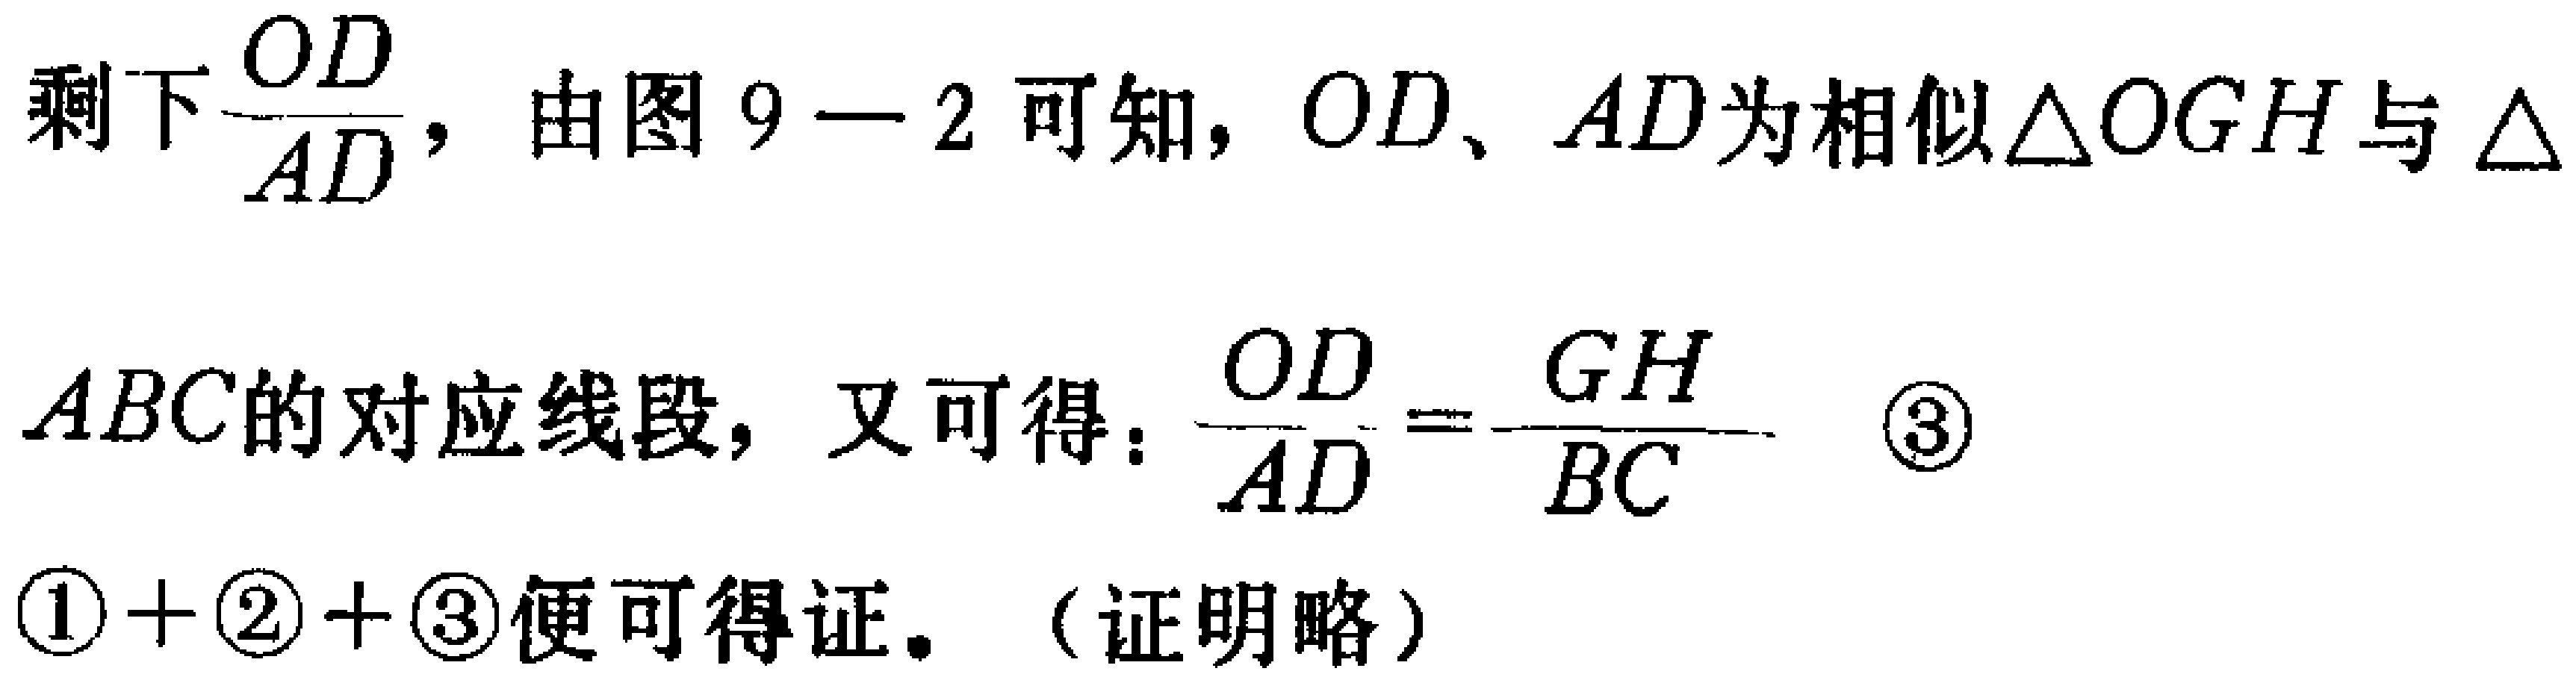
剩下$\frac{OD}{AD}$，由图 9 - 2 可知，$OD$、$AD$为相似$\triangle OGH$与$\triangle ABC$的对应线段，又可得：$\frac{OD}{AD}=\frac{GH}{BC}$  \textcircled{3}

\textcircled{1} + \textcircled{2} + \textcircled{3}便可得证。（证明略）